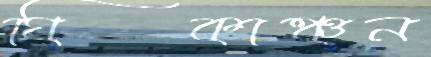
ঘিকাঞ্চন